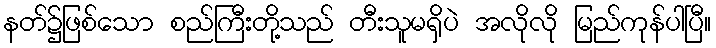
နတ်၌ဖြစ်သော စည်ကြီးတို့သည် တီးသူမရှိပဲ အလိုလို မြည်ကုန်ပါပြီ။